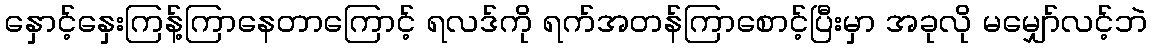
နှောင့်နှေးကြန့်ကြာနေတာကြောင့် ရလဒ်ကို ရက်အတန်ကြာစောင့်ပြီးမှာ အခုလို မမျှော်လင့်ဘဲ